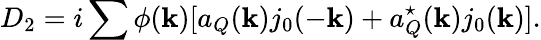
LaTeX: D_{2}=i\sum{}\phi({\mathbf k})[a_{Q}({\mathbf k})j_{0}(-{\mathbf k})+a_{Q}^{\star}({\mathbf k})j_{0}({\mathbf k})].